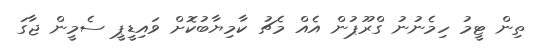
ތިން ޓީމު ހިމެނުނު ގްރޫޕުން އެއް މެޗު ކާމިޔާބުކޮށް ވައިޑީޕީ ސެމީން ޖާގަ